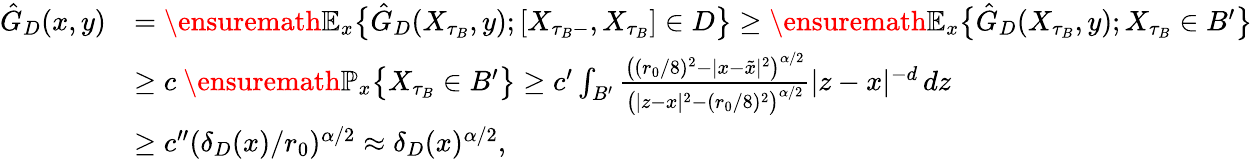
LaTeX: \begin{array}{rl}{\hat{G}_{D}(x,y)}&{=\ensuremath{\mathbb{E}}_{x}\big\{ \hat{G}_{D}(X_{\tau_{B}},y);[X_{\tau_{B}-},X_{\tau_{B}}]\in D\big\} \geq\ensuremath{\mathbb{E}}_{x}\big\{ \hat{G}_{D}(X_{\tau_{B}},y);X_{\tau_{B}}\in B^{\prime}\big\} }\\ &{\geq c\mathrm{~}\ensuremath{\mathbb{P}}_{x}\big\{ X_{\tau_{B}}\in B^{\prime}\big\} \geq c^{\prime}\int_{B^{\prime}}\frac{\big((r_{0}/8)^{2}-|x-\tilde{x}|^{2}\big)^{\alpha/2}}{\big(|z-x|^{2}-(r_{0}/8)^{2}\big)^{\alpha/2}}|z-x|^{-d}\, dz}\\ &{\geq c^{\prime\prime}(\delta_{D}(x)/r_{0})^{\alpha/2}\approx\delta_{D}(x)^{\alpha/2},}\end{array}